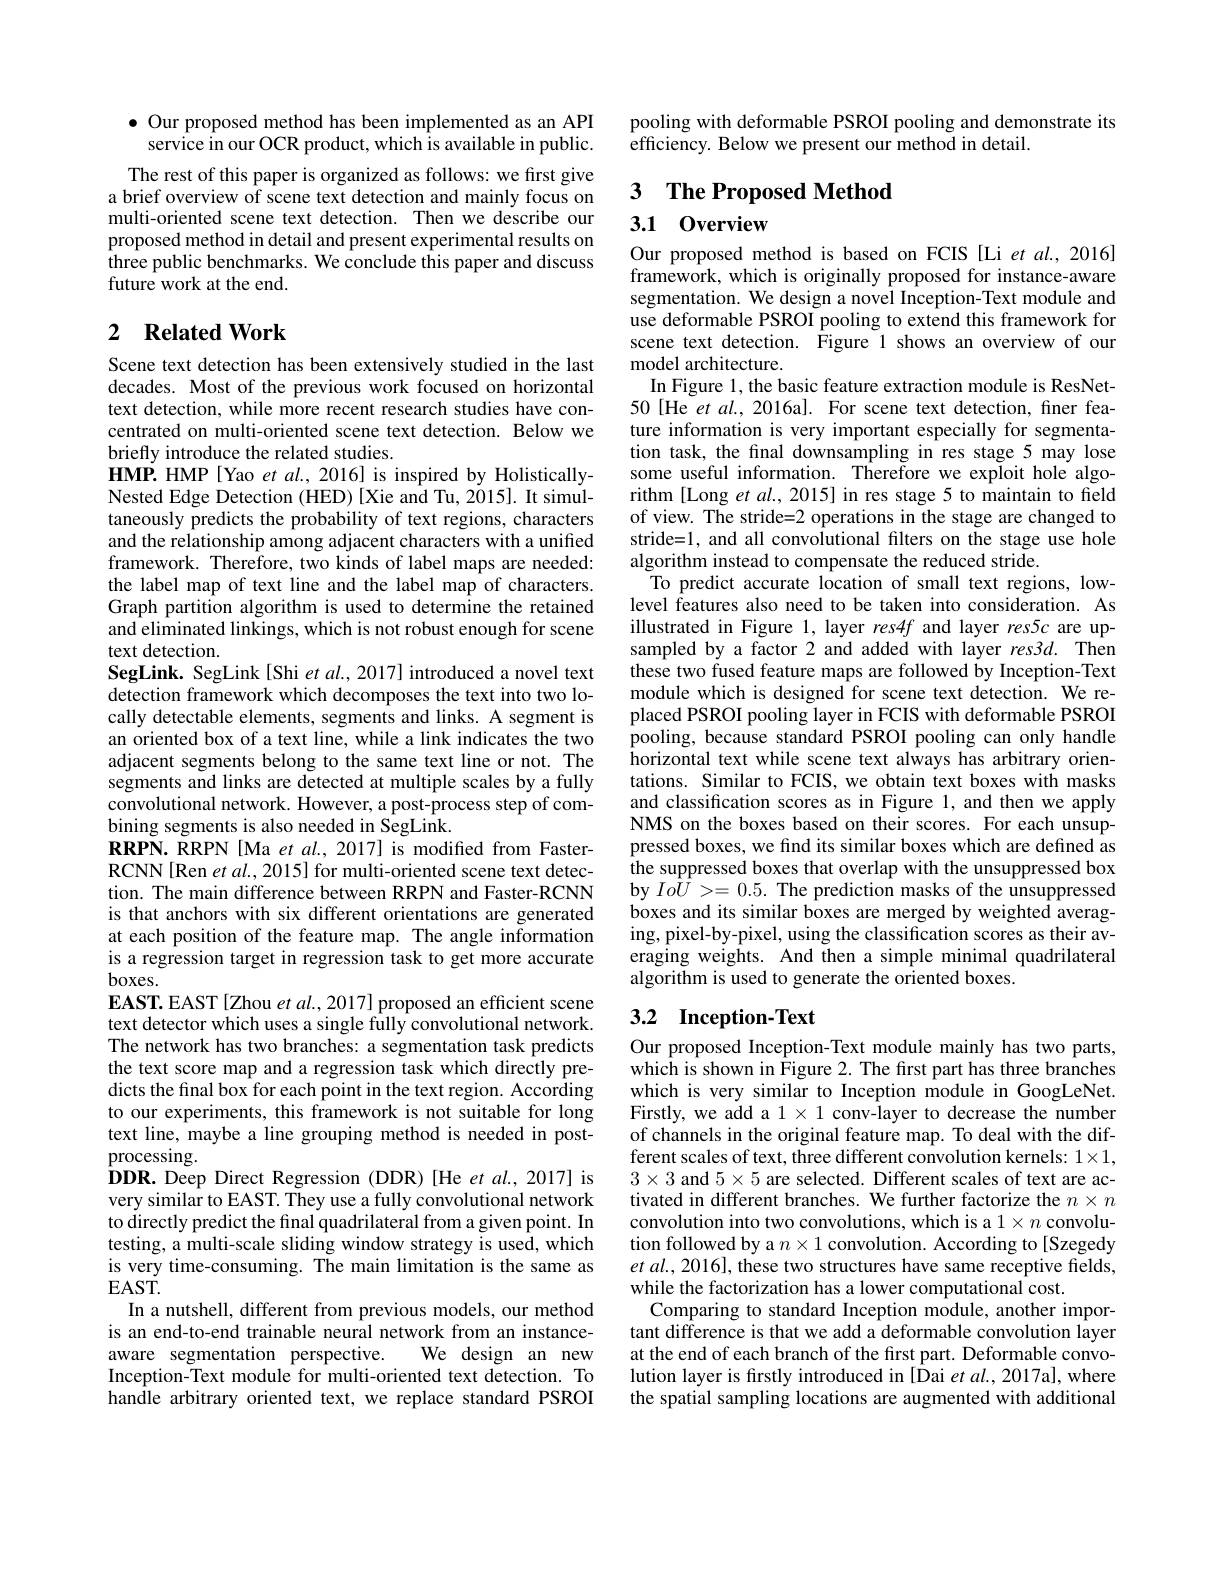
$\bullet$ Our proposed method has been implemented as an API
service in our OCR product, which is available in public.

The rest of this paper is organized as follows: we first give a brief overview of scene text detection and mainly focus on multi-oriented scene text detection. Then we describe our proposed method in detail and present experimental results on three public benchmarks. We conclude this paper and discuss future work at the end.

## 2 $\textbf{Related Work}$

Scene text detection has been extensively studied in the last decades. Most of the previous work focused on horizontal text detection, while more recent research studies have concentrated on multi-oriented scene text detection. Below we briefly introduce the related studies.
HMP. HMP[Yao et al., 2016] is inspired by HolisticallyNested Edge Detection (HED)[Xie and Tu, 2015]. It simultaneously predicts the probability of text regions, characters and the relationship among adjacent characters with a unified framework. Therefore, two kinds of label maps are needed: the label map of text line and the label map of characters. Graph partition algorithm is used to determine the retained and eliminated linkings, which is not robust enough for scene text detection.
SegLink. SegLink[Shi et $al.,2017]$ introduced a novel text detection framework which decomposes the text into two locally detectable elements, segments and links. A segment is an oriented box of a text line, while a link indicates the two adjacent segments belong to the same text line or not. The segments and links are detected at multiple scales by a fully convolutional network. However, a post-process step of combining segments is also needed in SegLink.
RRPN. RRPN[Ma et al., 2017] is modified from FasterRCNN[Ren et al., 2015] for multi-oriented scene text detection. The main difference between RRPN and Faster-RCNN is that anchors with six different orientations are generated at each position of the feature map. The angle information is a regression target in regression task to get more accurate $boxes.$
EAST. EAST[Zhou et al., 2017] proposed an efficient scene text detector which uses a single fully convolutional network. The network has two branches: a segmentation task predicts the text score map and a regression task which directly predicts the final box for each point in the text region. According to our experiments, this framework is not suitable for long text line, maybe a line grouping method is needed in post- $\operatorname{processing}.$
DDR. Deep Direct Regression (DDR)[He et al,2017] is very similar to EAST. They use a fully convolutional network to directly predict the final quadrilateral from a given point. In testing, a multi-scale sliding window strategy is used, which is very time-consuming. The main limitation is the same as $EAST.$
In a nutshell, different from previous models, our method is an end-to-end trainable neural network from an instance-
We design an new
aware segmentation perspective.
Inception-Text module for multi-oriented text detection. To handle arbitrary oriented text, we replace standard PSROI

pooling with deformable PSROI pooling and demonstrate its
efficiency. Below we present our method in detail.

3 $\textbf{The Proposed Method}$

# 3.1 0verview

Our proposed method is based on FCIS [Li et al., 2016] framework, which is originally proposed for instance-aware segmentation. We design a novel Inception-Text module and use deformable PSROI pooling to extend this framework for scene text detection. Figure 1 shows an overview of our model architecture.
In Figure 1, the basic feature extraction module is ResNet- 50[He et al., 2016a]. For scene text detection, finer feature information is very important especially for segmentation task, the final downsampling in res stage 5 may lose some useful information. Therefore we exploit hole algorithm [Long et al., 2015] in res stage 5 to maintain to field of view. The stride=2 operations in the stage are changed to stride=1, and all convolutional filters on the stage use hole algorithm instead to compensate the reduced stride.
To predict accurate location of small text regions, lowlevel features also need to be taken into consideration. As illustrated in Figure 1, layer res4f and layer res5c are upsampled by a factor 2 and added with layer res3d. Then these two fused feature maps are followed by Inception-Text module which is designed for scene text detection. We replaced PSROI pooling layer in FCIS with deformable PSROI $\hat{\text{pooling, because standard PSROI pooling can only handle}}$ horizontal text while scene text always has arbitrary orientations. Similar to FCIS, we obtain text boxes with masks and classification scores as in Figure 1, and then we apply NMS on the boxes based on their scores. For each unsuppressed boxes, we find its similar boxes which are defined as the suppressed boxes that overlap with the unsuppressed box by $Io\hat{U}>=0.5.$ The prediction masks of the unsuppressed boxes and its similar boxes are merged by weighted averaging, pixel-by-pixel, using the classification scores as their averaging weights. And then a simple minimal quadrilateral algorithm is used to generate the oriented boxes.
3.2 Inception-Text

Our proposed Inception-Text module mainly has two parts, which is shown in Figure 2. The first part has three branches which is very similar to Inception module in GoogLeNet. Firstly, we add a $1\times1$ conv-layer to decrease the number of channels in the original feature map. To deal with the different scales of text, three different convolution kernels: 1$\times1$, $3\times3$ and $5\times5$ are selected. Different scales of text are activated in different branches. We further factorize the $n\times n$ convolution into two convolutions, which is a $1\times n$ convolution followed by a $n\times1$ convolution. According to[Szegedy $et$ $al. , 2016] $, these two structures have same receptive fields, while the factorization has a lower computational cost.
Comparing to standard Inception module, another important difference is that we add a deformable convolution layer at the end of each branch of the first part. Deformable convolution layer is fırstly introduced in [Dai $etal.,2017$a], where the spatial sampling locations are augmented with additional